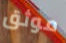
موثق